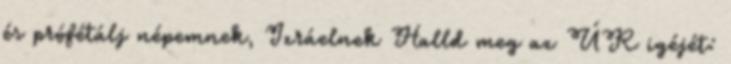
és prófétálj népemnek, Izráelnek Halld meg az ÚR igéjét: